system: You are a helpful assistant.
user:
Analyze the provided spectrum to determine if it is a **M-type Giant (gM)**.

A M-type Giant spectrum is defined by its **strong molecular absorption** features, particularly from **Titanium Oxide (TiO)**. You must check for one of the following mutually exclusive signatures:

- **Key Visual Indicators (Absorption-Dominated Spectrum):**

    - **(Primary):** The spectrum is dominated by strong molecular absorption from **Titanium Oxide (TiO)**. This is the **defining feature** of its M-type temperature class.
        - **(Key Bandheads):** Look for sharp, "saw-tooth" absorption valleys. The strongest are located near **~7050 Å**, **~6160 Å**, and **~5170 Å**.
        - **(Line Profile):** The "saw-tooth" morphology is critical: a **sharp, steep drop on the BLUE (short-wavelength) side** of the bandhead, followed by a gradual recovery (rising flux) towards the RED (long-wavelength) side.

    - **(Key Confirmation - Giant vs. Dwarf):** **ABSENCE** of strong **Calcium Hydride (CaH)** molecular bands. This is the primary diagnostic for *excluding* M-dwarfs.
        - **(Key Region):** The spectrum should lack the strong, broad absorption band seen in dwarfs between **~6800 Å and ~7000 Å**.

    - **(Secondary Confirmation - Giant):** A very strong and broad **Neutral Calcium (Ca I)** atomic absorption line.
        - **(Key Line):** Located at **~4226 Å**. In a giant (gM), this line is significantly deeper and broader than the same line in an M-dwarf (dM) due to low surface gravity.

    - **(Overall Spectrum):**
        - The continuum is **extremely red-sloping** (i.e., flux is very low in the blue and rises dramatically towards the red).
        - The entire spectrum appears "chopped up" by the deep TiO bands.

Think first, call **spectral_visualization_tool** if needed to examine features in detail, then provide your final answer. Your response must adhere to the following strict rules:
1.  **Overall Structure:** Your response must follow the format `<think>...</think> <tool_call>...</tool_call> (if a tool is used) <answer>...</answer>`.
2.  **Tool Usage Constraint:** You may only make **one** tool call per turn.
3.  **Final Answer Format:** In the `<answer>` tag, your conclusion must be inside a `\boxed{}` command (e.g., `\boxed{YES}` or `\boxed{NO}`), followed by your justification.

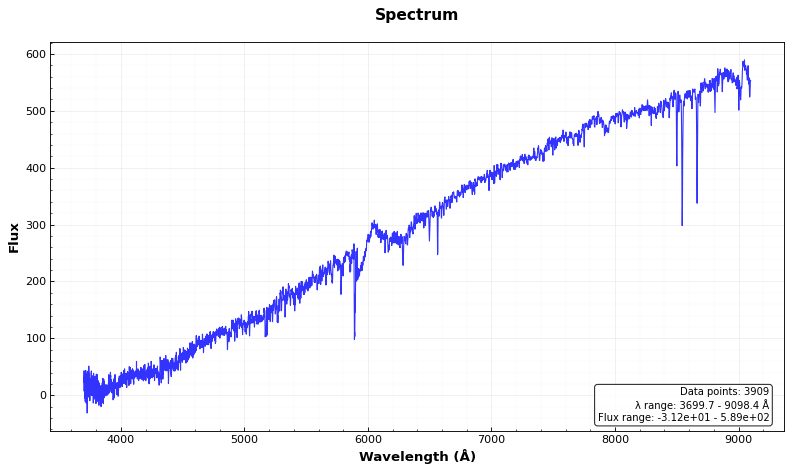
Answer: NO